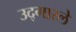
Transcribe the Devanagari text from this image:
उद्‍गारले